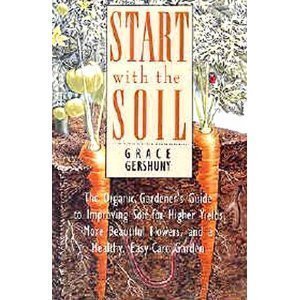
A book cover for Start With the Soil: The Organic Gardener's Guide to Improving Soil for Higher Yields, More Beautiful Flowers, and a Healthy, Easy-Care Garden; Grace Gershuny; Crafts, Hobbies & Home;